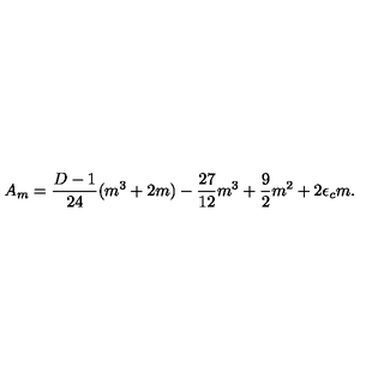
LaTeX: A _ { m } = \frac { D - 1 } { 2 4 } ( m ^ { 3 } + 2 m ) - \frac { 2 7 } { 1 2 } m ^ { 3 } + \frac { 9 } { 2 } m ^ { 2 } + 2 \epsilon _ { c } m .